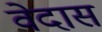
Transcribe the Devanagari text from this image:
वेदास